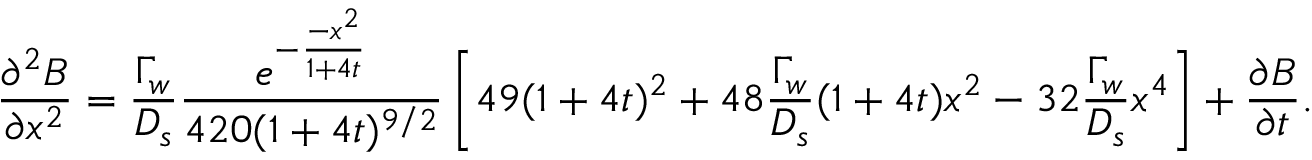
\frac { \partial ^ { 2 } B } { \partial x ^ { 2 } } = \frac { \Gamma _ { w } } { D _ { s } } \frac { e ^ { - \frac { - x ^ { 2 } } { 1 + 4 t } } } { 4 2 0 ( 1 + 4 t ) ^ { 9 / 2 } } \left[ 4 9 ( 1 + 4 t ) ^ { 2 } + 4 8 \frac { \Gamma _ { w } } { D _ { s } } ( 1 + 4 t ) x ^ { 2 } - 3 2 \frac { \Gamma _ { w } } { D _ { s } } x ^ { 4 } \right] + \frac { \partial B } { \partial t } .